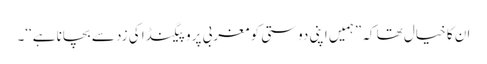
ان کا خیال تھا کہ ”ہمیں اپنی دوستی کو مغربی پروپیگنڈا کی زد سے بچانا ہے‘‘۔